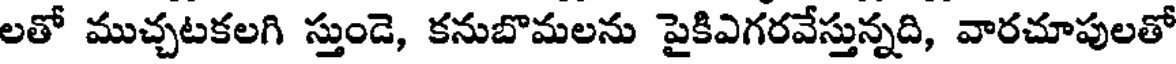
లతో ముచ్చటకలగి స్తుండె, కనుబొమలను పైకిఎగరవేస్తున్నది, వారచూపులతో